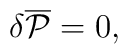
\delta {\overline {\cal P}} = 0,